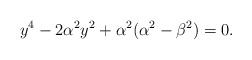
\begin{align*}y^{4}-2\alpha^2y^2+\alpha^2(\alpha^2-\beta^2)=0.\end{align*}